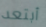
أبتعد